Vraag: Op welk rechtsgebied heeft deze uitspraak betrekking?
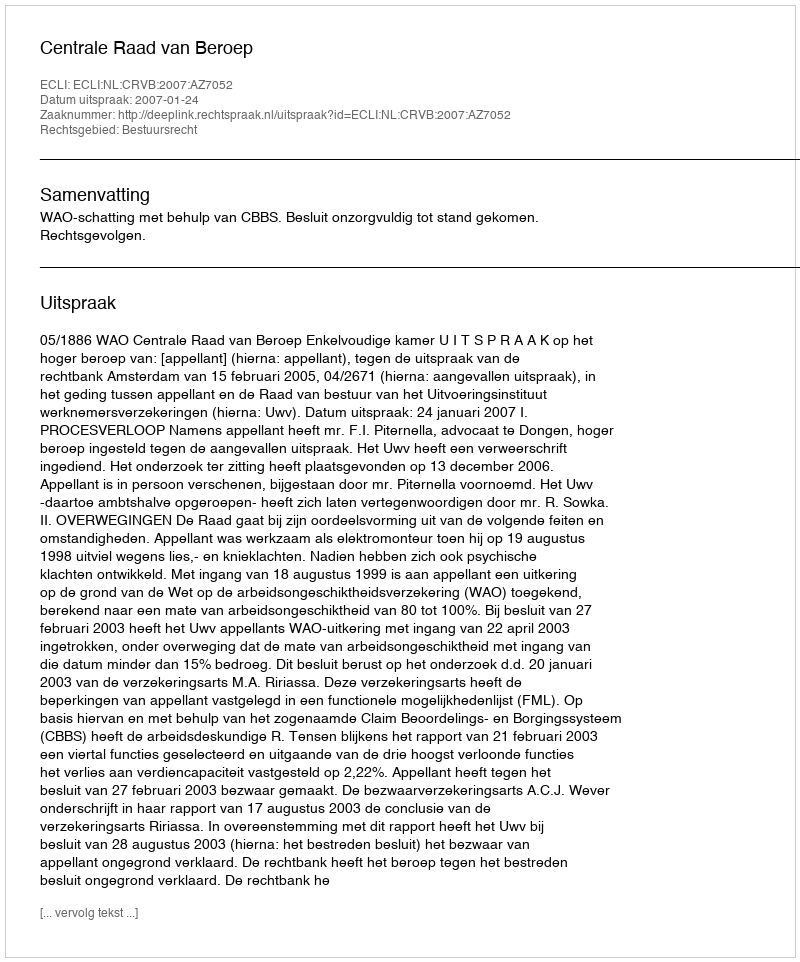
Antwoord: Bestuursrecht